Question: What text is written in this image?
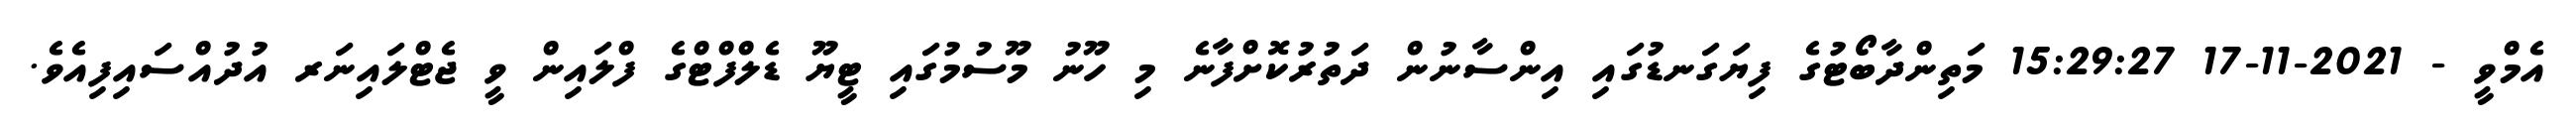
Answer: އެމްވީ - 2021-11-17 15:29:27 މަތިންދާބޯޓުގެ ފިޔަގަނޑުގައި އިންސާނުން ދަތުރުކޮށްފާނެ މި ހޫނު މޫސުމުގައި ޓީޔޫ ޑެލްފްޓްގެ ފްލައިން ވީ ޖެޓްލައިނަރ އުދުއްސައިފިއެވެ.